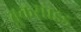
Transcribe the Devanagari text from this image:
ब्रुकसाइड